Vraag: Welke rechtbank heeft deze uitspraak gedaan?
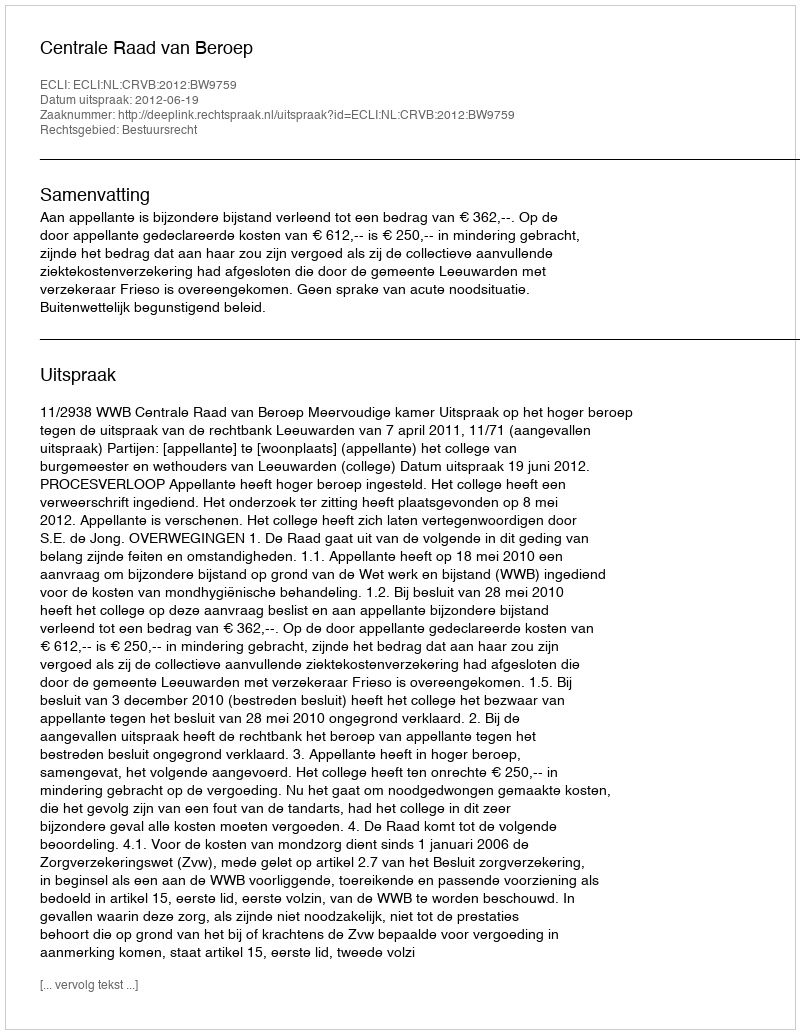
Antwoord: Centrale Raad van Beroep